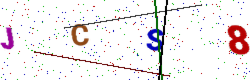
Text: JCS8